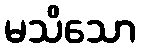
မသိသော